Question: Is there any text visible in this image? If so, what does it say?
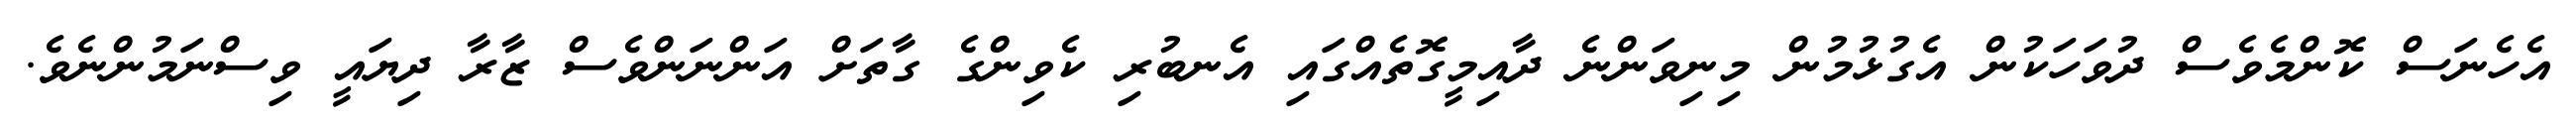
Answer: އެހެނަސް ކޮންމެވެސް ދުވަހަކުން އެގުޅުމުން މިނިވަންނެ ދާއިމީގޮތެއްގައި އެނބުރި ކެވިންގެ ގާތަށް އަންނަންވެސް ޒާރާ ދިޔައީ ވިސްނަމުންނެވެ.